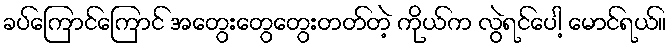
ခပ်ကြောင်ကြောင် အတွေးတွေတွေးတတ်တဲ့ ကိုယ်က လွဲရင်ပေါ့ မောင်ရယ်။